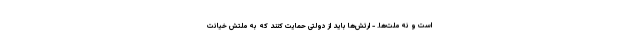
است و نه ملت‌ها. - ارتش‌ها باید از دولتی حمایت کنند که به ملتش خیانت